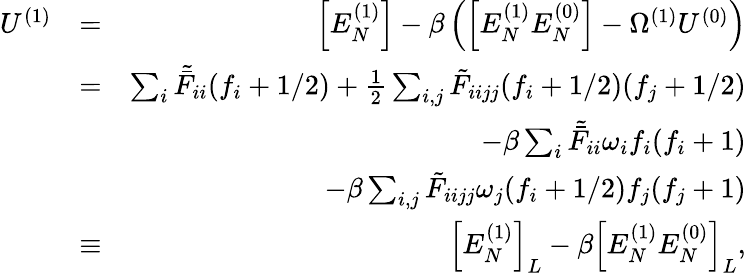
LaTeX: \begin{array}{rlr}{U^{(1)}}&{=}&{\left[E_{N}^{(1)}\right]-\beta\left(\left[E_{N}^{(1)}E_{N}^{(0)}\right]-\Omega^{(1)}U^{(0)}\right)}\\ &{=}&{\sum_{i}\tilde{\bar{F}}_{ii}{(f_{i}+1/2)}+\frac{1}{2}\sum_{i,j}\tilde{F}_{iijj}(f_{i}+1/2)(f_{j}+1/2)}\\ &{}&{-{\beta}\sum_{i}\tilde{\bar{F}}_{ii}\omega_{i}f_{i}(f_{i}+1)}\\ &{}&{-{\beta}\sum_{i,j}\tilde{F}_{iijj}\omega_{j}(f_{i}+1/2)f_{j}(f_{j}+1)}\\ &{\equiv}&{\left[E_{N}^{(1)}\right]_{L}-\beta\left[E_{N}^{(1)}E_{N}^{(0)}\right]_{L},}\end{array}